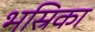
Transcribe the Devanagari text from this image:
भस्रिका